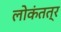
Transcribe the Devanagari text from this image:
लोकंतत्र